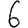
Digit: 6